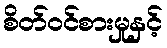
စိတ်ဝင်စားမှုနှင့်